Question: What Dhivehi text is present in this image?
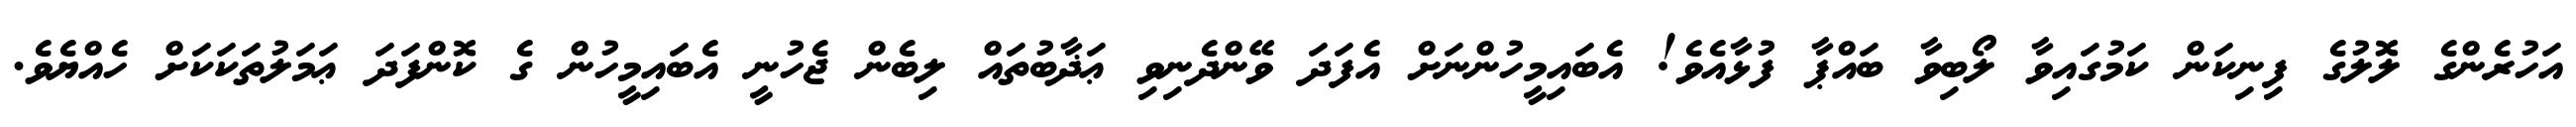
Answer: އަހުރެންގެ ލޮލުގެ ފިނިކަން ކަމުގައިވާ ލޯބިވާ ބައްޕާ ފުޅާއެވެ! އެބައިމީހުންނަށް އެފަދަ ވޭންދެނިވި ޢަޛާބުތައް ލިބެން ޖެހުނީ އެބައިމީހުން ގެ ކޮންފަދަ ޢަމަލުތަކަކަށް ހެއްޔެވެ.